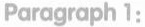
Paragraph 1: